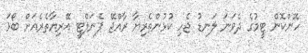
ހޮންކޮން ޓީމުގެ ދެވަނަ ލަނޑު ޖެހި ކުޅުންތެރިޔާ ރާއްޖޭ ޕެނަލްޓީ އޭރިޔާތެރެއަށް ބޯޅަ